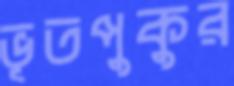
ভূতপুকুর